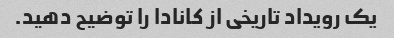
یک رویداد تاریخی از کانادا را توضیح دهید.